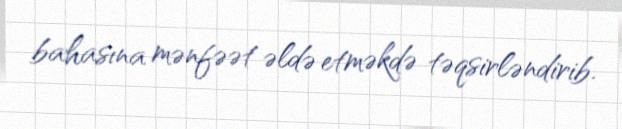
bahasına mənfəət əldə etməkdə təqsirləndirib.